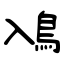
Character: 鳰